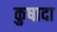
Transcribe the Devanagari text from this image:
कुषादा